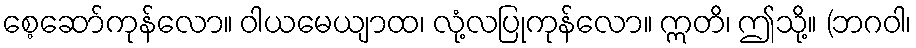
စေ့ဆော်ကုန်လော။ ဝါယမေယျာထ၊ လုံ့လပြုကုန်လော။ ဣတိ၊ ဤသို့။ (ဘဂဝါ၊